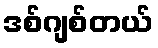
ဒစ်ဂျစ်တယ်